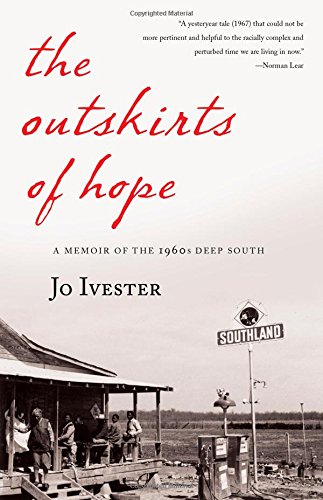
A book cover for The Outskirts of Hope: A Memoir of the 1960s Deep South; Jo Ivester; Biographies & Memoirs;